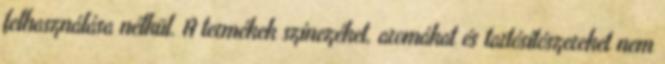
felhasználása nélkül. A termékek színezéket, aromákat és tartósítószereket nem